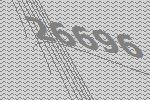
26696